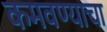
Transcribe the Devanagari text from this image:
कमवण्याचा